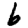
Digit: 6